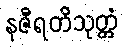
နဇီရတိသုတ္တံ